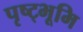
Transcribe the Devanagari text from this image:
पृष्ट्भूमि